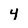
Character: 4